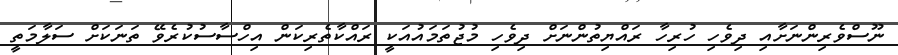
ނޫސްވެރިންނަށާއި ދިވެހި ހުރިހާ ރައްޔިތުންނަށް ދިވެހި މުޖުތަމައުއަކީ ރައްކާތެރިކަން އިހްސާސުކުރެވޭ ތަނަކަށް ސަލާމަތީ